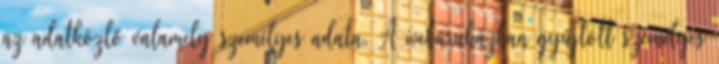
az adatközlő valamely személyes adata. A webáruházban gyűjtött személyes